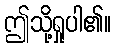
ဤသို့ရှုပါ၏။